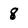
Character: 8